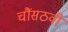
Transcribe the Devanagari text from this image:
चौंसठवीं